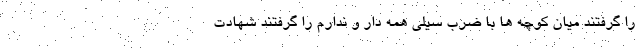
را گرفتند میان کوچه ها با ضرب سیلی همه دار و ندارم را گرفتند شهادت